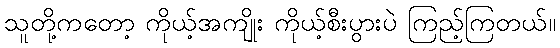
သူတို့ကတော့ ကိုယ့်အကျိုး ကိုယ့်စီးပွားပဲ ကြည့်ကြတယ်။